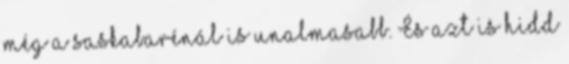
még a saskabarénál is unalmasabb. És azt is hidd